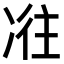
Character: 𠗤